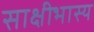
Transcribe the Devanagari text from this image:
साक्षीभास्य